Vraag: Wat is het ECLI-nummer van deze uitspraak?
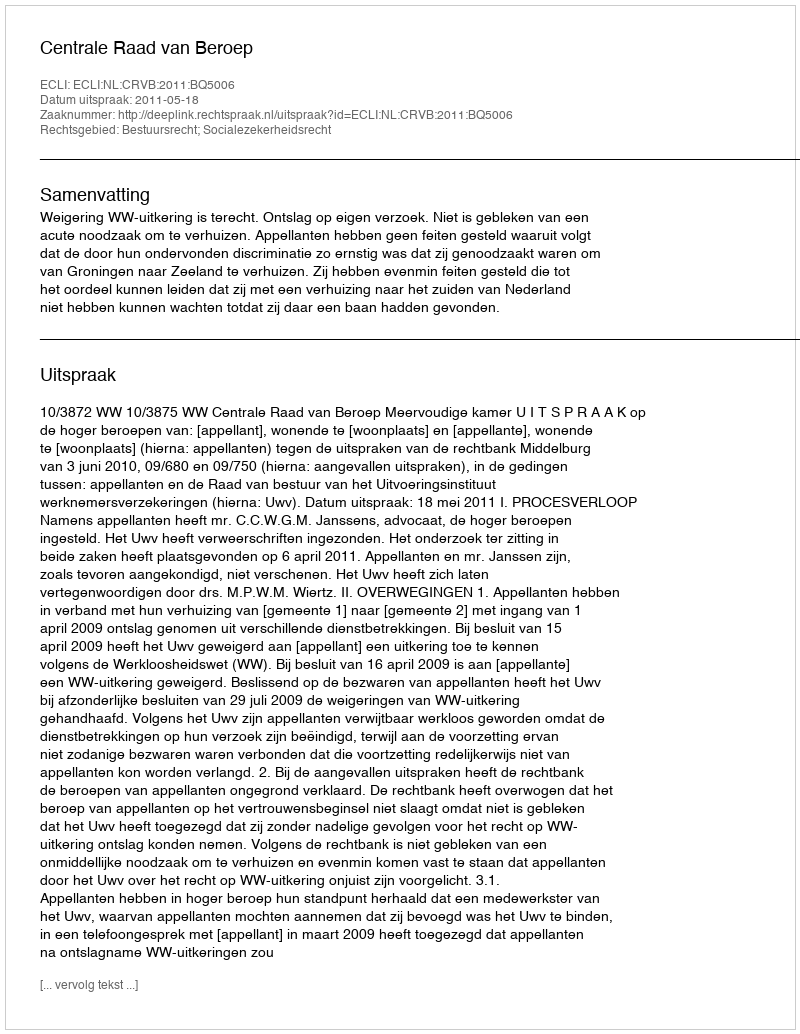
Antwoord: ECLI:NL:CRVB:2011:BQ5006